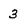
Character: 3